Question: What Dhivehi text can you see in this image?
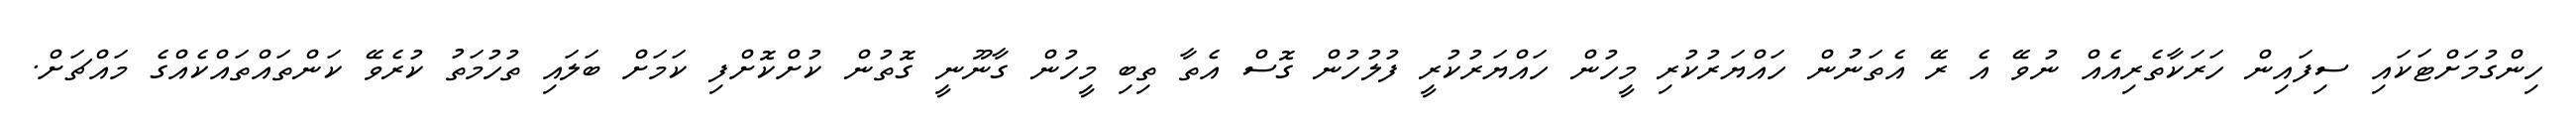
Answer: ހިންގުމަށްޓަކައި ސިފައިން ހަރަކާތެރިއެއް ނުވޭ އެ ރޭ އެތަނުން ހައްޔަރުކުރި މީހުން ހައްޔަރުކުރީ ފުލުހުން ގޮސް އެތާ ތިބި މީހުން ގާނޫނީ ގޮތުން ކުށްކޮށްފި ކަމަށް ބަލައި ތުހުމަތު ކުރެވޭ ކަންތައްތައްކެއްގެ މައްޗަށް.